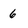
Character: 6